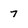
Character: 7